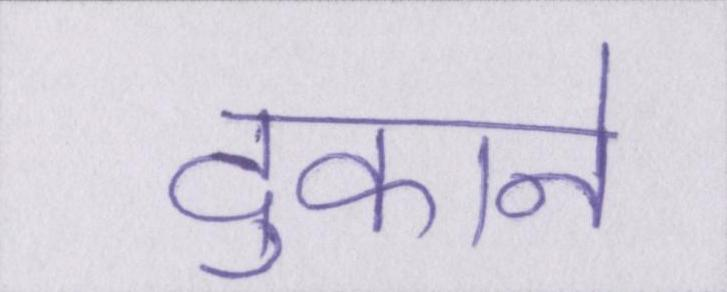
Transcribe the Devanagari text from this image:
दुकाने